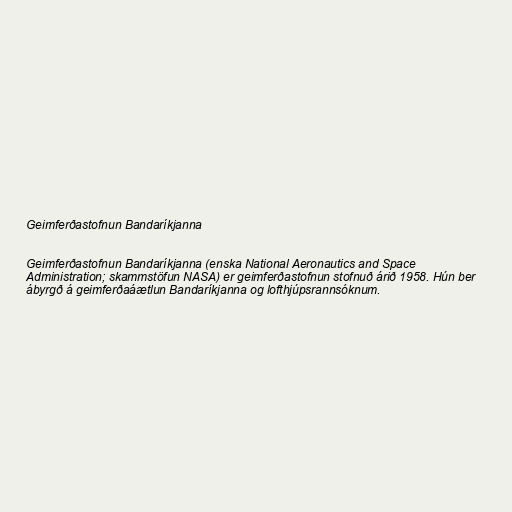
Geimferðastofnun Bandaríkjanna

Geimferðastofnun Bandaríkjanna (enska National Aeronautics and Space
Administration; skammstöfun NASA) er geimferðastofnun stofnuð árið 1958. Hún ber
ábyrgð á geimferðaáætlun Bandaríkjanna og lofthjúpsrannsóknum.